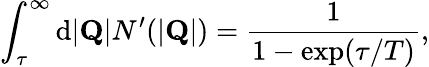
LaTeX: \int_{\tau}^{\infty}\mathrm{d}|{\mathbf Q}|N^{\prime}(|{\mathbf Q}|)=\frac{1}{1-\mathrm{exp}(\tau/T)},